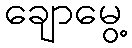
ချောမွေ့